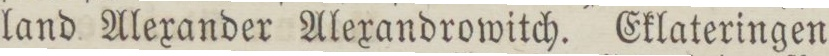
land Alexander Alexandrowitch. Eklateringen